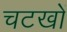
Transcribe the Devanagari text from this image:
चटखों